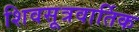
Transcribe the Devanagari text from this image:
शिवसूत्रवार्तिक